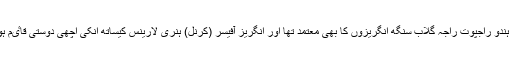
جموں کے ہندو راجپوت راجہ گلاب سنگھ انگریزوں کا بھی معتمد تھا اور انگریز آفیسر (کرنل) ہنری لارینس کیساتھ انکی اچھی دوستی قاٸم ہوچکی تھی۔